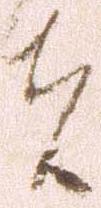
者